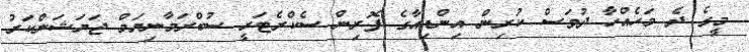
މީގެ ދެ މަހެއްހާ ދުވަސް ކުރިން އިންޑިއާގެ ފޮރިން ސެކްރެޓަރީ ސުބްރަމާނިޔަމް ޖަޔަޝަންކަރު